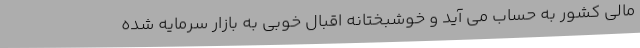
مالی کشور به حساب می آید و خوشبختانه اقبال خوبی به بازار سرمایه شده